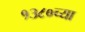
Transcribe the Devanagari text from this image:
१३८०च्या